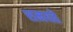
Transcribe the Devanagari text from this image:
शमयते